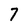
Character: 7